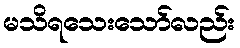
မသိရသေးသော်လည်း